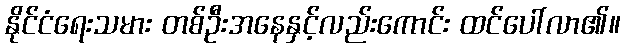
နိုင်ငံရေးသမား တစ်ဦးအနေနှင့်လည်းကောင်း ထင်ပေါ်လာ၏။